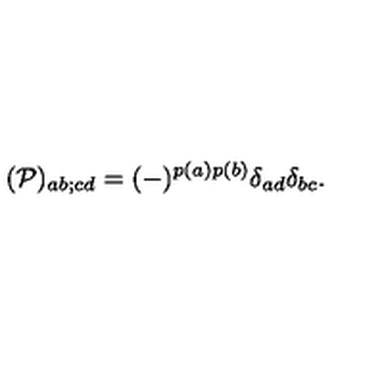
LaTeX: ( { \cal P } ) _ { a b ; c d } = ( - ) ^ { p ( a ) p ( b ) } \delta _ { a d } \delta _ { b c } .